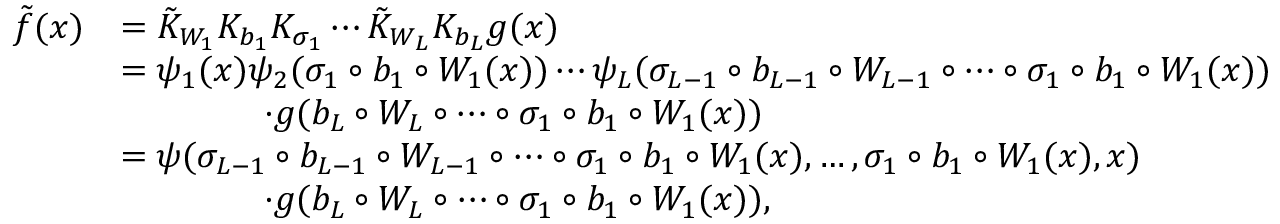
\begin{array} { r l } { \tilde { f } ( x ) } & { = \tilde { K } _ { W _ { 1 } } K _ { b _ { 1 } } K _ { \sigma _ { 1 } } \cdots \tilde { K } _ { W _ { L } } K _ { b _ { L } } g ( x ) } \\ & { = \psi _ { 1 } ( x ) \psi _ { 2 } ( \sigma _ { 1 } \circ b _ { 1 } \circ W _ { 1 } ( x ) ) \cdots \psi _ { L } ( \sigma _ { L - 1 } \circ b _ { L - 1 } \circ W _ { L - 1 } \circ \cdots \circ \sigma _ { 1 } \circ b _ { 1 } \circ W _ { 1 } ( x ) ) } \\ & { \qquad \qquad \cdot g ( b _ { L } \circ W _ { L } \circ \cdots \circ \sigma _ { 1 } \circ b _ { 1 } \circ W _ { 1 } ( x ) ) } \\ & { = \psi ( \sigma _ { L - 1 } \circ b _ { L - 1 } \circ W _ { L - 1 } \circ \cdots \circ \sigma _ { 1 } \circ b _ { 1 } \circ W _ { 1 } ( x ) , \ldots , \sigma _ { 1 } \circ b _ { 1 } \circ W _ { 1 } ( x ) , x ) } \\ & { \qquad \qquad \cdot g ( b _ { L } \circ W _ { L } \circ \cdots \circ \sigma _ { 1 } \circ b _ { 1 } \circ W _ { 1 } ( x ) ) , } \end{array}